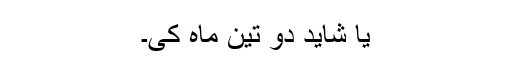
یا شاید دو تین ماہ کی۔